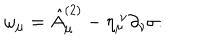
\omega _ { \mu } = \hat { A } _ { \mu } ^ { ( 2 ) } - \eta _ { \mu } ^ { ~ \nu } \partial _ { \nu } \sigma .